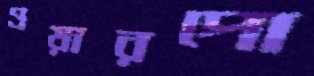
ওয়ারপো